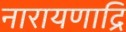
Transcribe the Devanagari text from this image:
नारायणाद्रि